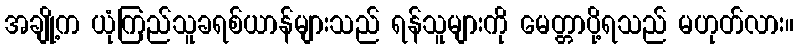
အချို့က ယုံကြည်သူခရစ်ယာန်များသည် ရန်သူများကို မေတ္တာပို့ရသည် မဟုတ်လား။